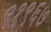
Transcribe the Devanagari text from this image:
९१९६७